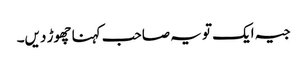
جیہ ایک تو یہ صاحب کہنا چھوڑ دیں۔